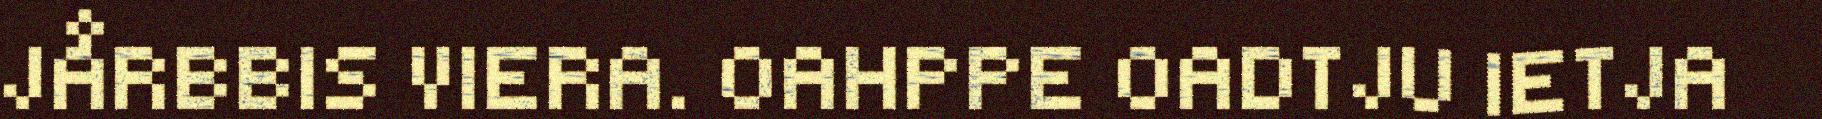
JÅRBBIS VIERA. OAHPPE OADTJU IETJA